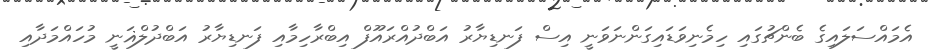
އެމައްސަލައިގެ ބެންޗުގައި ހިމެނިވަޑައިގަންނަވަނީ އިސް ފަނޑިޔާރު އަބްދުއްރައޫފް އިބްރާހިމާއި ފަނޑިޔާރު އަބްދުލްޣަނީ މުހައްމަދާއި